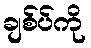
ချစ်ပ်ကို